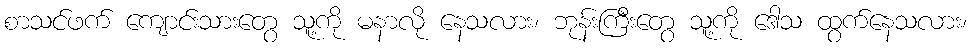
စာသင်ဖက် ကျောင်းသားတွေ သူ့ကို မနာလို နေသလား၊ ဘုန်းကြီးတွေ သူ့ကို ဒေါသ ထွက်နေသလား၊